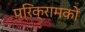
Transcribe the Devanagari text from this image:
परिक्रामकों